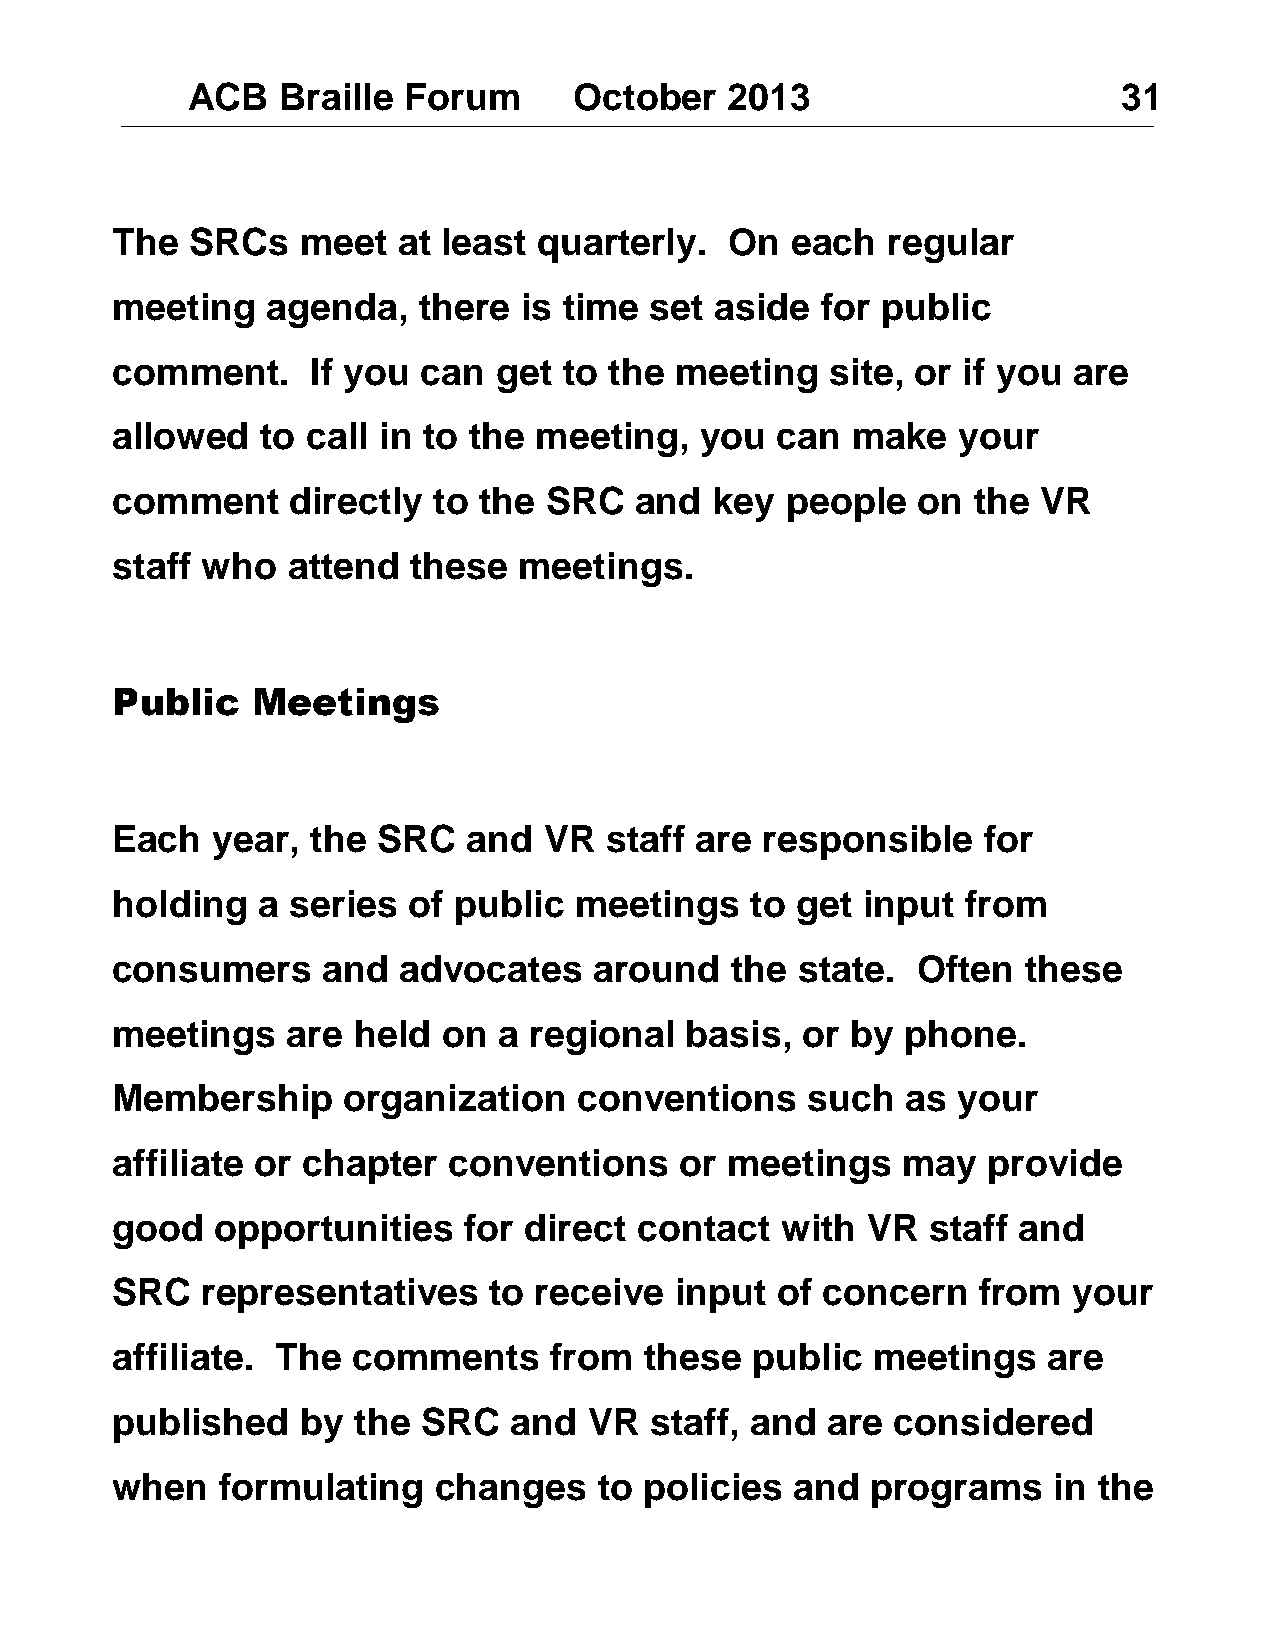
ACB   Braille  Forum      October   2013                      31
 The   SRCs   meet  at least  quarterly.  On  each   regular
 meeting    agenda,   there is time  set aside  for public
 comment.      If you can  get to the  meeting   site, or if you are
 allowed   to call in to the meeting,   you  can  make   your
 comment     directly  to the SRC   and  key  people   on the  VR
 staff who   attend  these  meetings.
 Public    Meetings
 Each   year,  the SRC   and  VR  staff are responsible    for
 holding   a series  of public  meetings    to get input  from
 consumers     and  advocates    around   the  state.  Often  these
 meetings    are held  on  a regional  basis,  or by  phone.
 Membership      organization   conventions     such  as your
 affiliate or chapter   conventions    or meetings    may  provide
 good   opportunities    for direct contact   with VR   staff and
 SRC   representatives    to receive   input of concern    from  your
 affiliate. The  comments     from   these  public  meetings   are
 published    by the  SRC   and  VR  staff, and  are considered
 when   formulating    changes    to policies  and  programs    in the